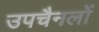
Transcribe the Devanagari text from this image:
उपचैनलों